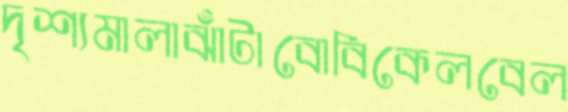
দৃশ্যমালাঝাঁটাবোবিকেলবেল